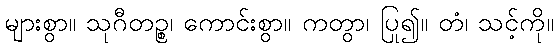
များစွာ။ သုဂီတဉ္စ၊ ကောင်းစွာ။ ကတွာ၊ ပြု၍။ တံ၊ သင့်ကို။